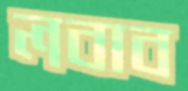
লবাব